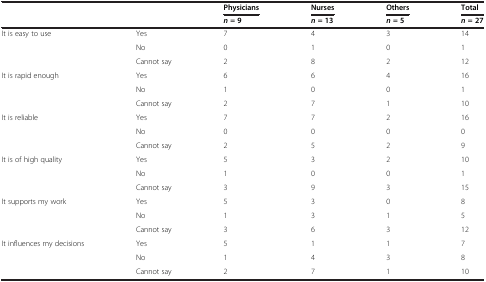
|  |  | Physicians | Nurses | Others | Total |
 |  |  | n= 9 | n= 13 | n= 5 | n= 27 |
 | --- | --- | --- | --- | --- | --- |
 | <ROWSPAN=3> It is easy to use | Yes | 7 | 4 | 3 | 14 |
 | No | 0 | 1 | 0 | 1 |
 | Cannot say | 2 | 8 | 2 | 12 |
 | <ROWSPAN=3> It is rapid enough | Yes | 6 | 6 | 4 | 16 |
 | No | 1 | 0 | 0 | 1 |
 | Cannot say | 2 | 7 | 1 | 10 |
 | <ROWSPAN=3> It is reliable | Yes | 7 | 7 | 2 | 16 |
 | No | 0 | 0 | 0 | 0 |
 | Cannot say | 2 | 5 | 2 | 9 |
 | <ROWSPAN=3> It is of high quality | Yes | 5 | 3 | 2 | 10 |
 | No | 1 | 0 | 0 | 1 |
 | Cannot say | 3 | 9 | 3 | 15 |
 | <ROWSPAN=3> It supports my work | Yes | 5 | 3 | 0 | 8 |
 | No | 1 | 3 | 1 | 5 |
 | Cannot say | 3 | 6 | 3 | 12 |
 | <ROWSPAN=3> It influences my decisions | Yes | 5 | 1 | 1 | 7 |
 | No | 1 | 4 | 3 | 8 |
 | Cannot say | 2 | 7 | 1 | 10 |